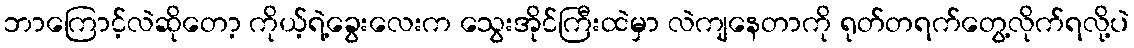
ဘာကြောင့်လဲဆိုတော့ ကိုယ့်ရဲ့ခွေးလေးက သွေးအိုင်ကြီးထဲမှာ လဲကျနေတာကို ရုတ်တရက်တွေ့လိုက်ရလို့ပဲ